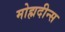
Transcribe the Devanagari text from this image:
मोह्मदीन्स